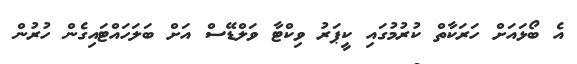
އެ ބޯޅައަށް ހަރަކާތް ކުރުމުގައި ކީޕަރު ވިކްޓާ ވަލްޑޭސް އަށް ބަލަހައްޓައިގެން ހުރުން